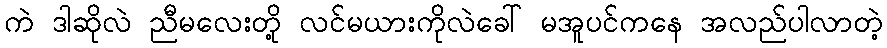
ကဲ ဒါဆိုလဲ ညီမလေးတို့ လင်မယားကိုလဲခေါ် မအူပင်ကနေ အလည်ပါလာတဲ့